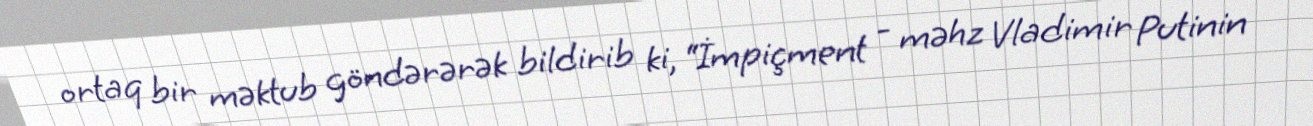
ortaq bir məktub göndərərək bildirib ki, “İmpiçment - məhz Vladimir Putinin